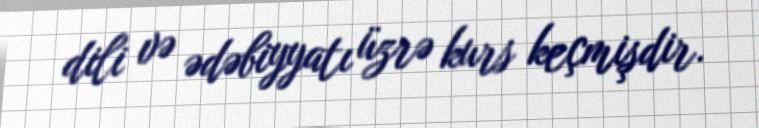
dili və ədəbiyyatı üzrə kurs keçmişdir.